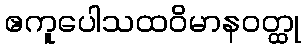
ဧကူပေါသထဝိမာနဝတ္ထု